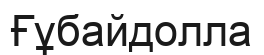
Ғұбайдолла